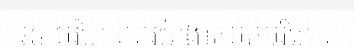
អ្នកបរិភោគគួរតែងាកមកបរិភោគ